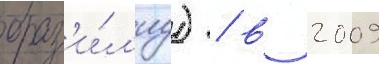
браз'и́л'иу) / в 2009